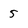
Character: 5